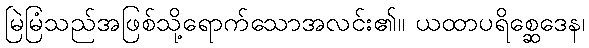
မြဲမြံသည်အဖြစ်သို့ရောက်သောအလင်း၏။ ယထာပရိစ္ဆေဒေန၊